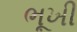
ભૂખી